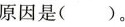
的原因是( )。